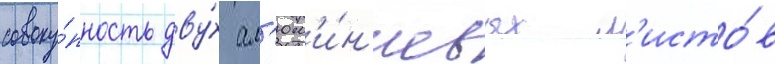
совоку́пность дву́х ал'юм'и́н'иевых л'исто́в